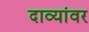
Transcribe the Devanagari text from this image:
दाव्यांवर